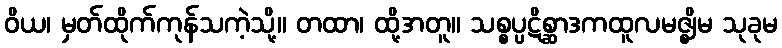
ဝိယ၊ မှတ်ထိုက်ကုန်သကဲ့သို့။ တထာ၊ ထို့အတူ။ သစ္စပ္ပဋိစ္ဆာဒကထူလမဇ္ဈိမ သုခုမ